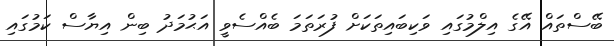
ބޭސްތައް އޭގެ އިލްމުގައި ވަކިބައިތަކަށް ފުރަތަމަ ބެއްސެވީ އަޙުމަދު ބިން އިޔާސް ކަމުގައި